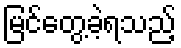
မြင်တွေ့ခဲ့ရသည့်